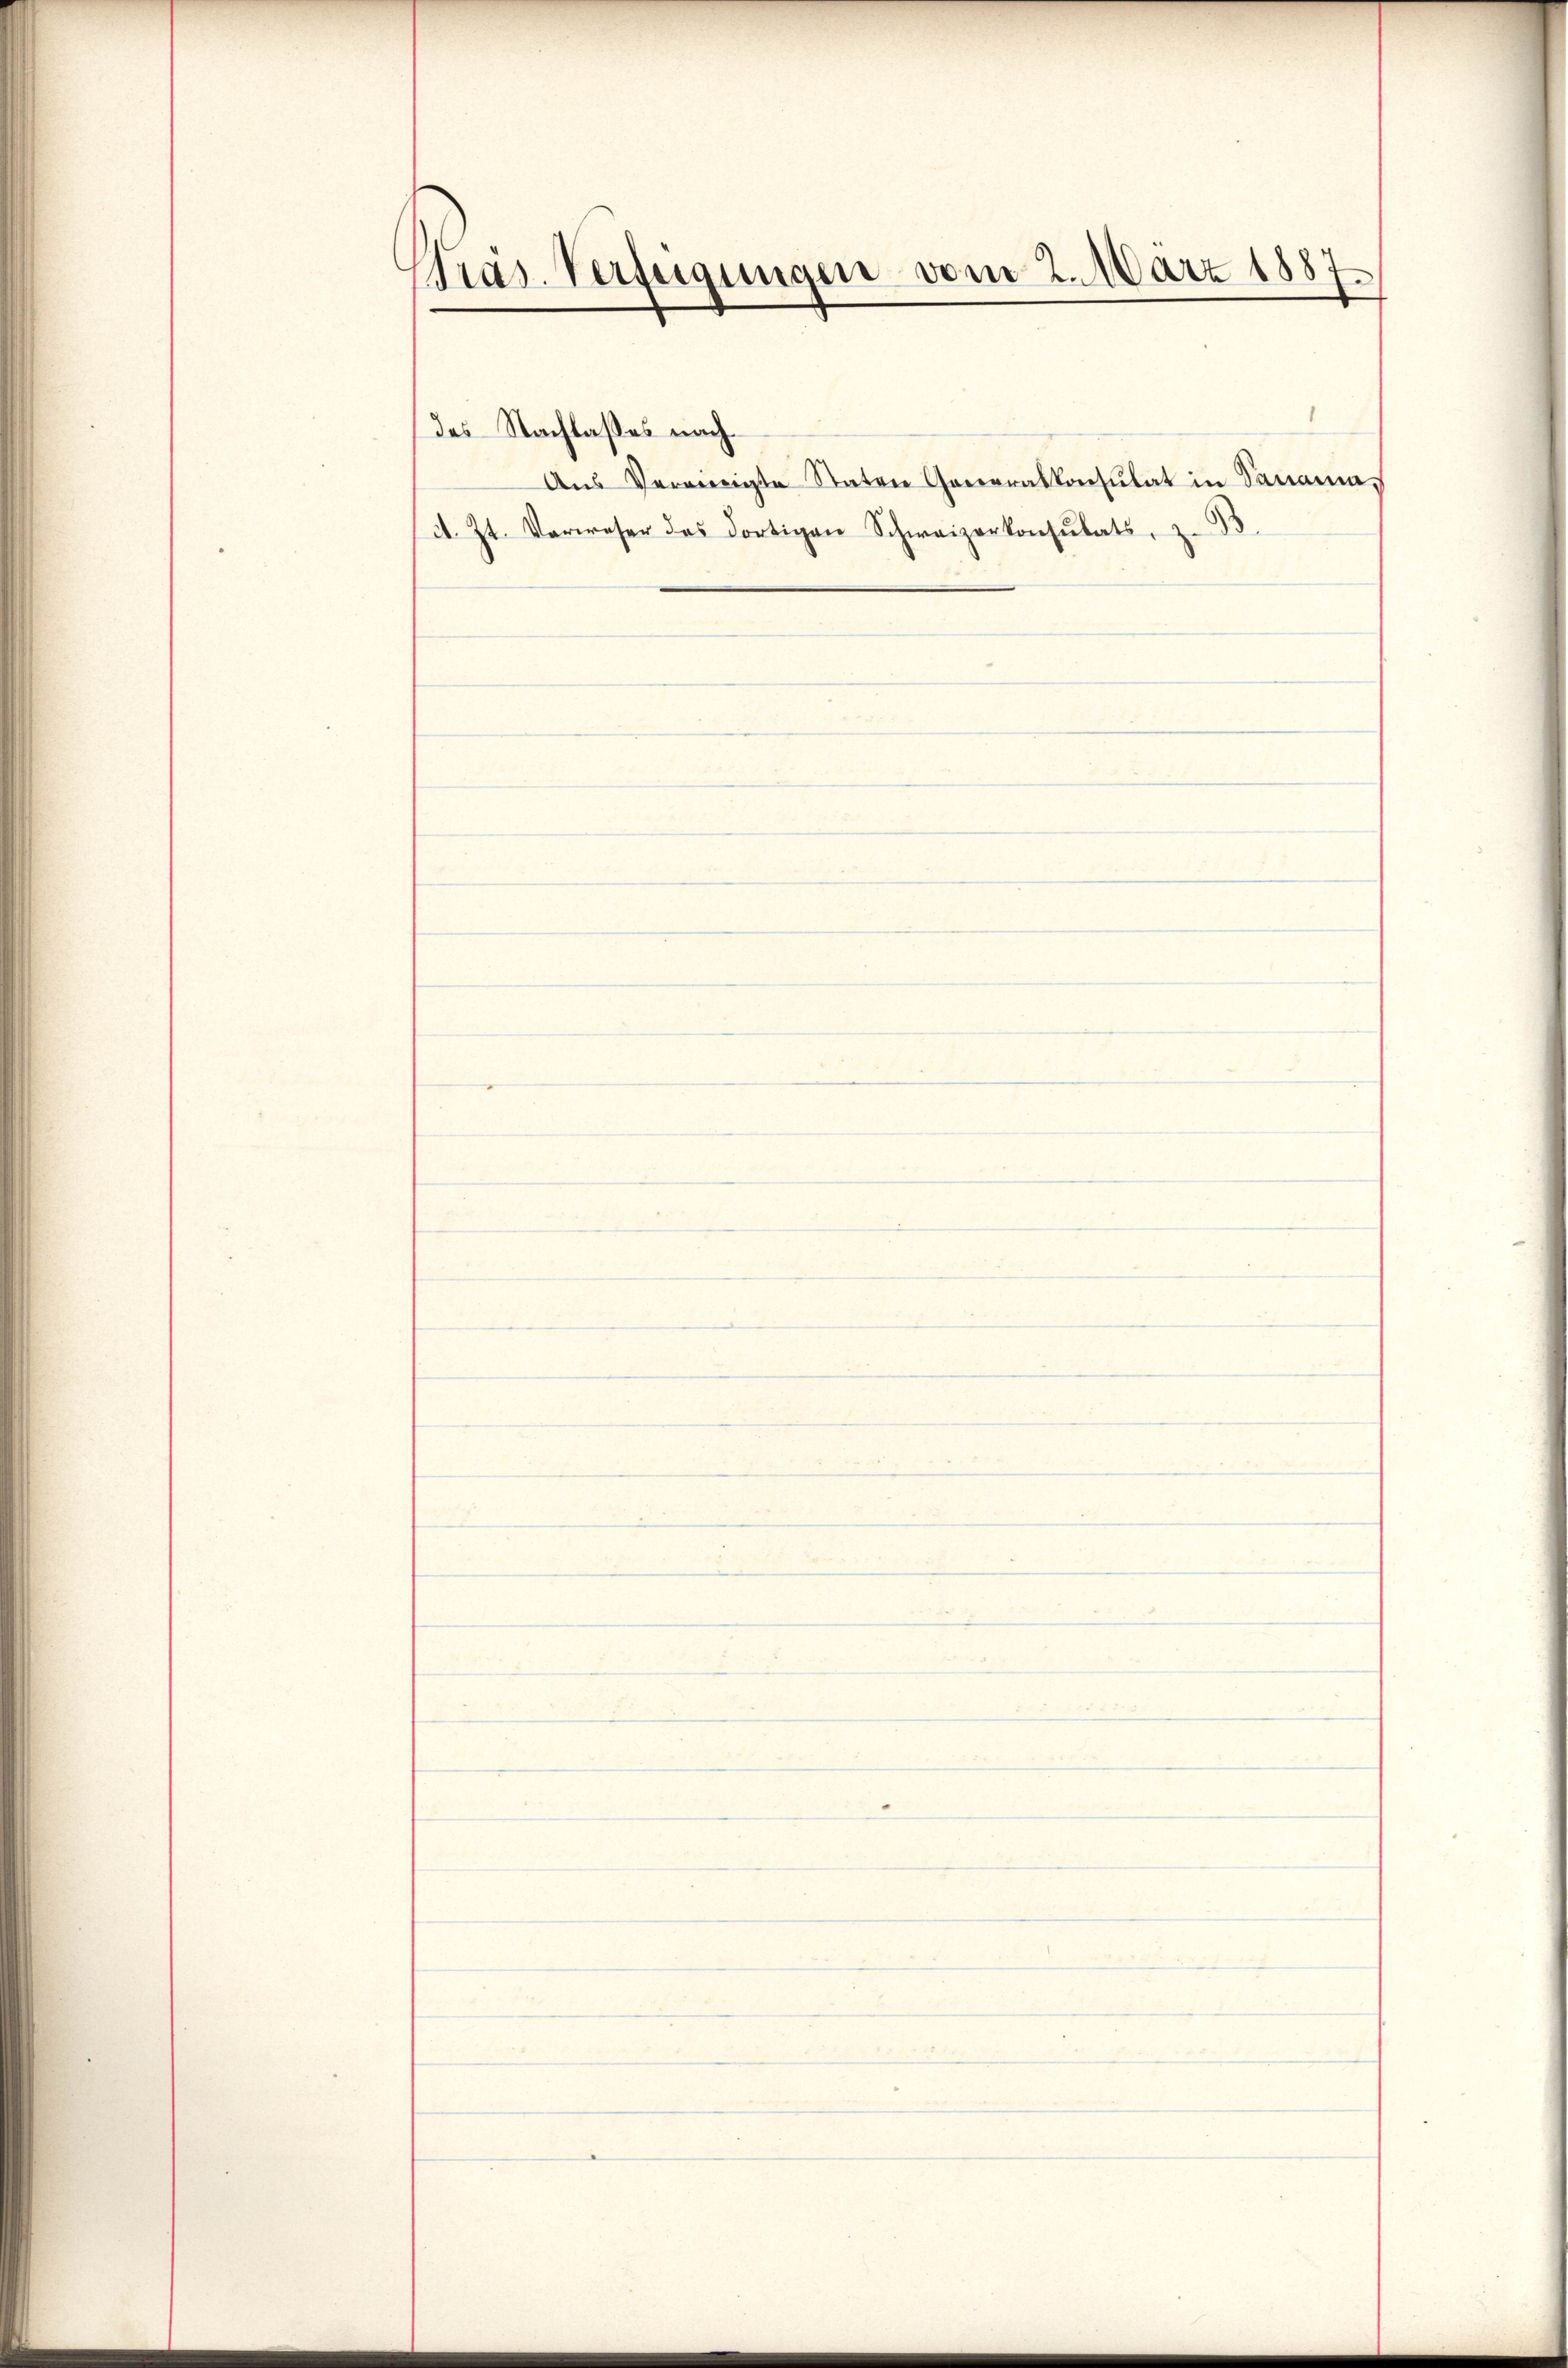
Pras. Verfügungen vom 2. März 1887
e

des Nachlaßes nach
A. Zt. Verweser des dortigen Schweizerkonsulats, z. B.

Ans Verweigte Staten Generalkonsulat in Panama¬